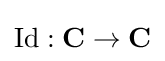
\operatorname {Id} :\mathbf {C} \to \mathbf {C}